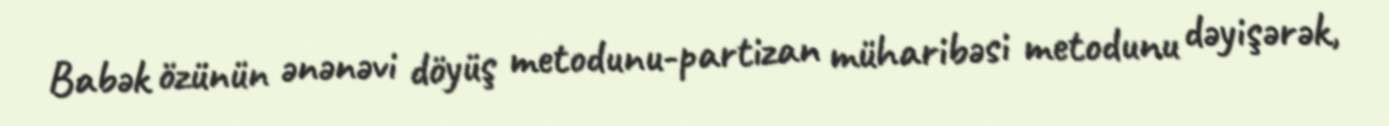
Babək özünün ənənəvi döyüş metodunu-partizan müharibəsi metodunu dəyişərək,